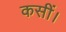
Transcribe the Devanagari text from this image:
कसीं।